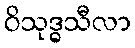
ဝိသုဒ္ဓသီလာ